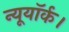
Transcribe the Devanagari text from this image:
न्यूयॉर्क।